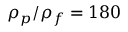
\rho _ { p } / \rho _ { f } = 1 8 0